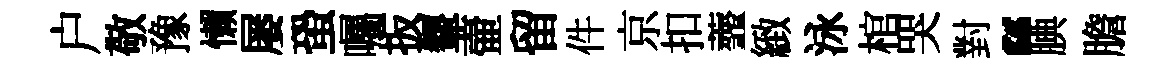
户敬豫懒屡蛩囑扳顰壷留件京扣虀緻泳棺哭對“腆膽